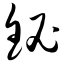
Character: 铋